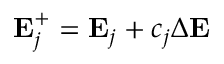
\mathbf { E } _ { j } ^ { + } = \mathbf { E } _ { j } + c _ { j } \Delta \mathbf { E }